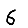
Digit: 6